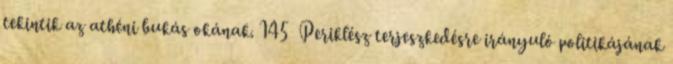
tekintik az athéni bukás okának. 145 Periklész terjeszkedésre irányuló politikájának